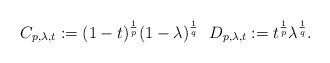
LaTeX: \begin{align*} C_{p,\lambda,t}:=(1-t)^{\frac{1}{p}}(1-\lambda)^{\frac{1}{q}}\ \ D_{p,\lambda,t}:=t^{\frac{1}{p}}\lambda^{\frac{1}{q}}. \end{align*}